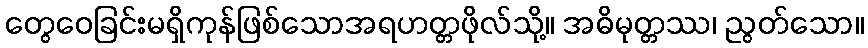
တွေဝေခြင်းမရှိကုန်ဖြစ်သောအရဟတ္တဖိုလ်သို့။ အဓိမုတ္တဿ၊ ညွတ်သော။